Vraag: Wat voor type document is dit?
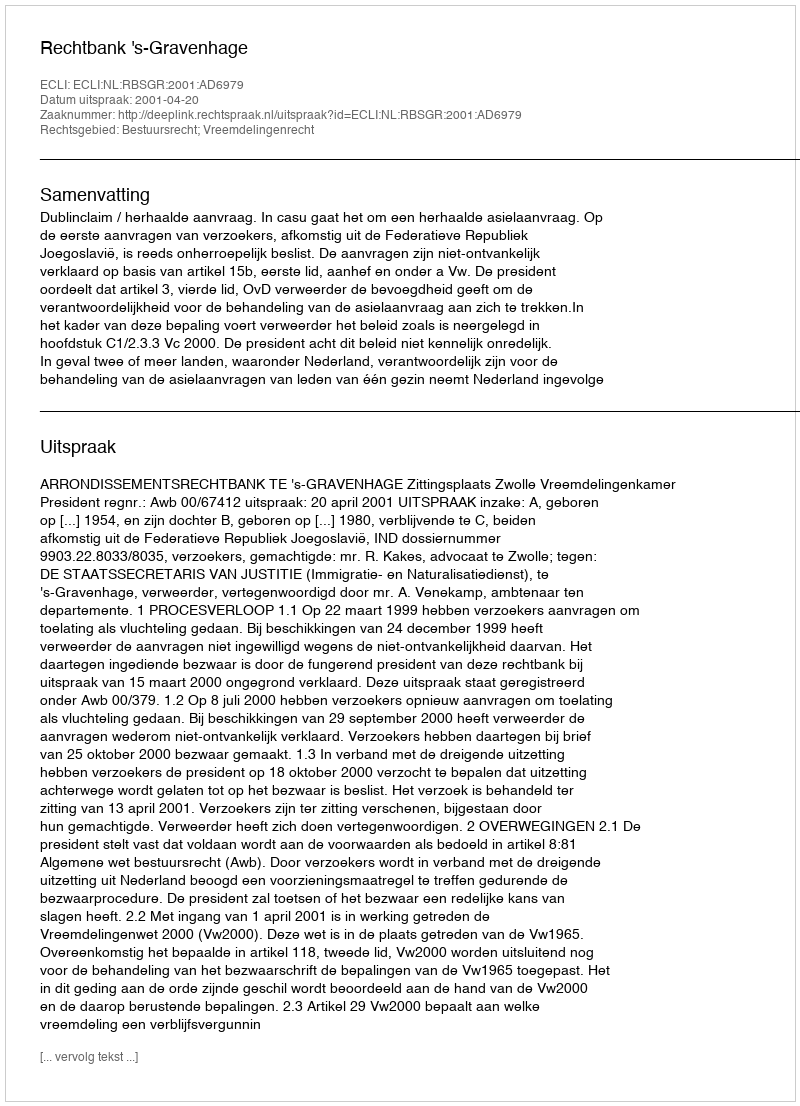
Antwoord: Uitspraak